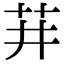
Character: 𬜣